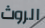
الروث